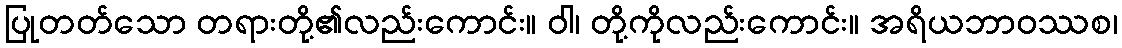
ပြုတတ်သော တရားတို့၏လည်းကောင်း။ ဝါ၊ တို့ကိုလည်းကောင်း။ အရိယဘာဝဿစ၊